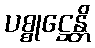
ပစ္စုဋ္ဌေန္တိ